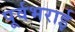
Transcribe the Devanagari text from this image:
पूर्वभराई